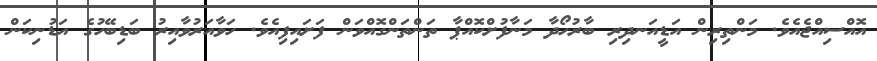
އޮއްސިއްޖެއެވެ. މަންތިރިން އަޑީއަނދިރި ބާރުހޯދާ މަނާފުށްކޮއްޕާ ތަންތަންގޮއްވަން ފަށައިފިއެވެ. ހަވާއަރުވާއިރު ބަޑިބޭހުގެ އަޑުނިކަން